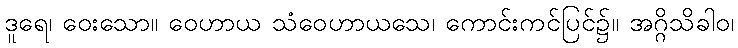
ဒူရေ၊ ဝေးသော။ ဝေဟာယ သံဝေဟာယသေ၊ ကောင်းကင်ပြင်၌။ အဂ္ဂိသိခါဝ၊